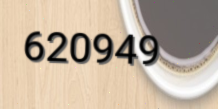
620949